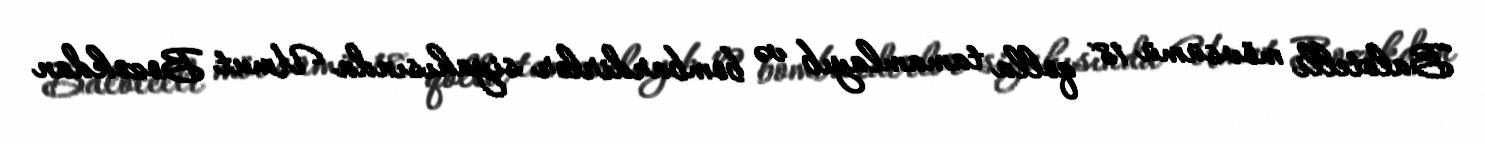
Balotelli mövsümü 18 qolla tamamlayıb və bombardirlər siyahısında Umut Bozokdan